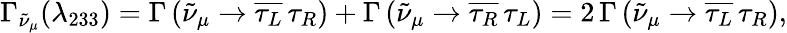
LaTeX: \Gamma_{\tilde{\nu}_{\mu}}(\lambda_{233})=\Gamma\left(\tilde{\nu}_{\mu}\to\overline{{{\tau_{L}}}}\, \tau_{R}\right)+\Gamma\left(\tilde{\nu}_{\mu}\to\overline{{{\tau_{R}}}}\, \tau_{L}\right)=2\, \Gamma\left(\tilde{\nu}_{\mu}\to\overline{{{\tau_{L}}}}\, \tau_{R}\right),